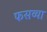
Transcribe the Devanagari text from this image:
फसव्या